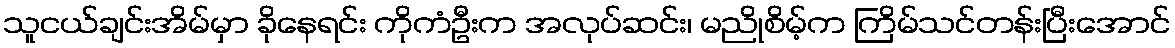
သူငယ်ချင်းအိမ်မှာ ခိုနေရင်း ကိုကံဦးက အလုပ်ဆင်း၊ မညိုစိမ့်က ကြိမ်သင်တန်းပြီးအောင်